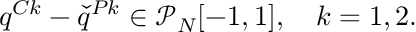
q ^ { C k } - \check { q } ^ { P k } \in \mathcal { P } _ { N } [ - 1 , 1 ] , \quad k = 1 , 2 .